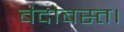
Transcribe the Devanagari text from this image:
बंदोबस्त।